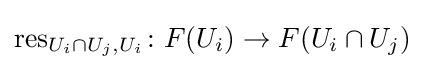
\operatorname {res} _{U_{i}\cap U_{j},U_{i}}\colon F(U_{i})\rightarrow F(U_{i}\cap U_{j})